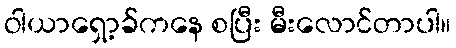
ဝါယာရှော့ခ်ကနေ စပြီး မီးလောင်တာပါ။